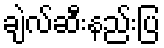
ချဲလ်ဆီးနည်းပြ